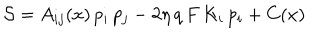
LaTeX: { \cal S } = A _ { i j } ( x ) \, p _ { i } \, p _ { j } - 2 \eta \, q \, F \, K _ { i } \, p _ { i } + C ( x )